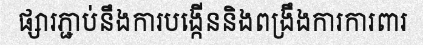
ផ្សារភ្ជាប់នឹងការបង្កើននិងពង្រឹងការការពារ